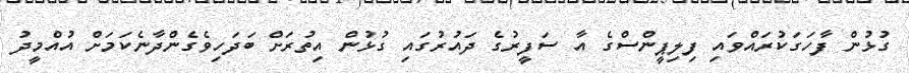
ގުޅުން ފާހަގަކުރައްވައި ފިލިޕީންސްގެ އާ ސަފީރުގެ ދައުރުގައި ގުޅުން އިތުރަށް ބަދަހިވެގެންދާނެކަމަށް އުއްމީދު